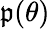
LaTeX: \mathfrak{p}(\theta)